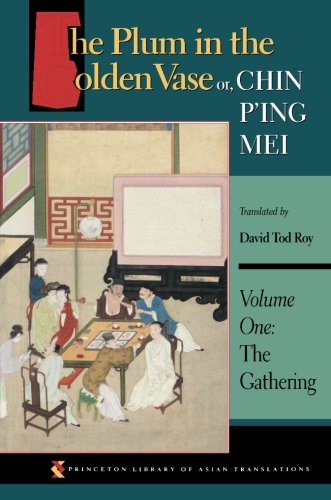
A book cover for The Plum in the Golden Vase or, Chin P'ing Mei: Vol. 1, The Gathering; Literature & Fiction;